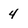
Character: 4